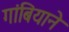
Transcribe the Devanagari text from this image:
गांबियाने